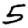
Digit: 5